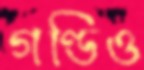
গণ্ডিও